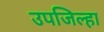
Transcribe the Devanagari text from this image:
उपजिल्हा